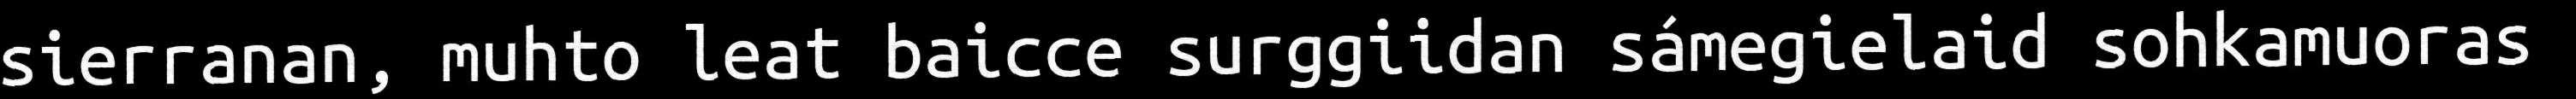
sierranan, muhto leat baicce surggiidan sámegielaid sohkamuoras